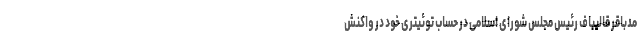
مدباقر قالیباف رئیس مجلس شورای اسلامی در حساب توئیتری خود در واکنش